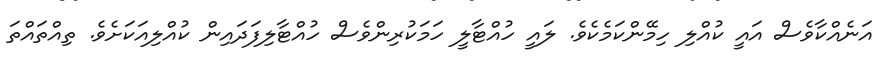
އަނެއްކާވެސް އައީ ކުއްލި ހިމޭންކަމެކެވެ. ލައީ ހުއްޓާލީ ހަމަކުރިންވެސް ހުއްޓާލިފަދައިން ކުއްލިއަކަށެވެ. ތިއްތައްތަ